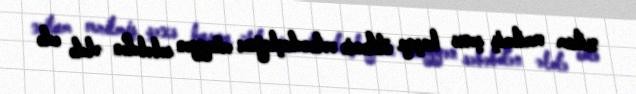
xitam verilmiş şəxs başqa ölkənin vətəndaşlığını müəyyən səbəbdən əldə edə